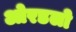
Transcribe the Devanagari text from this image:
ओरडलो